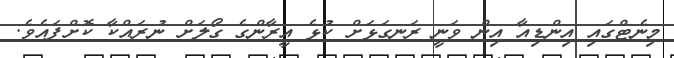
މިނެޓްގައި އިންޑިއާ އިން ވަނީ ރަނގަޅަށް ކުޅެ އީރާންގެ ގޯލަށް ނުރައްކާ ކޮށްފައެވެ.